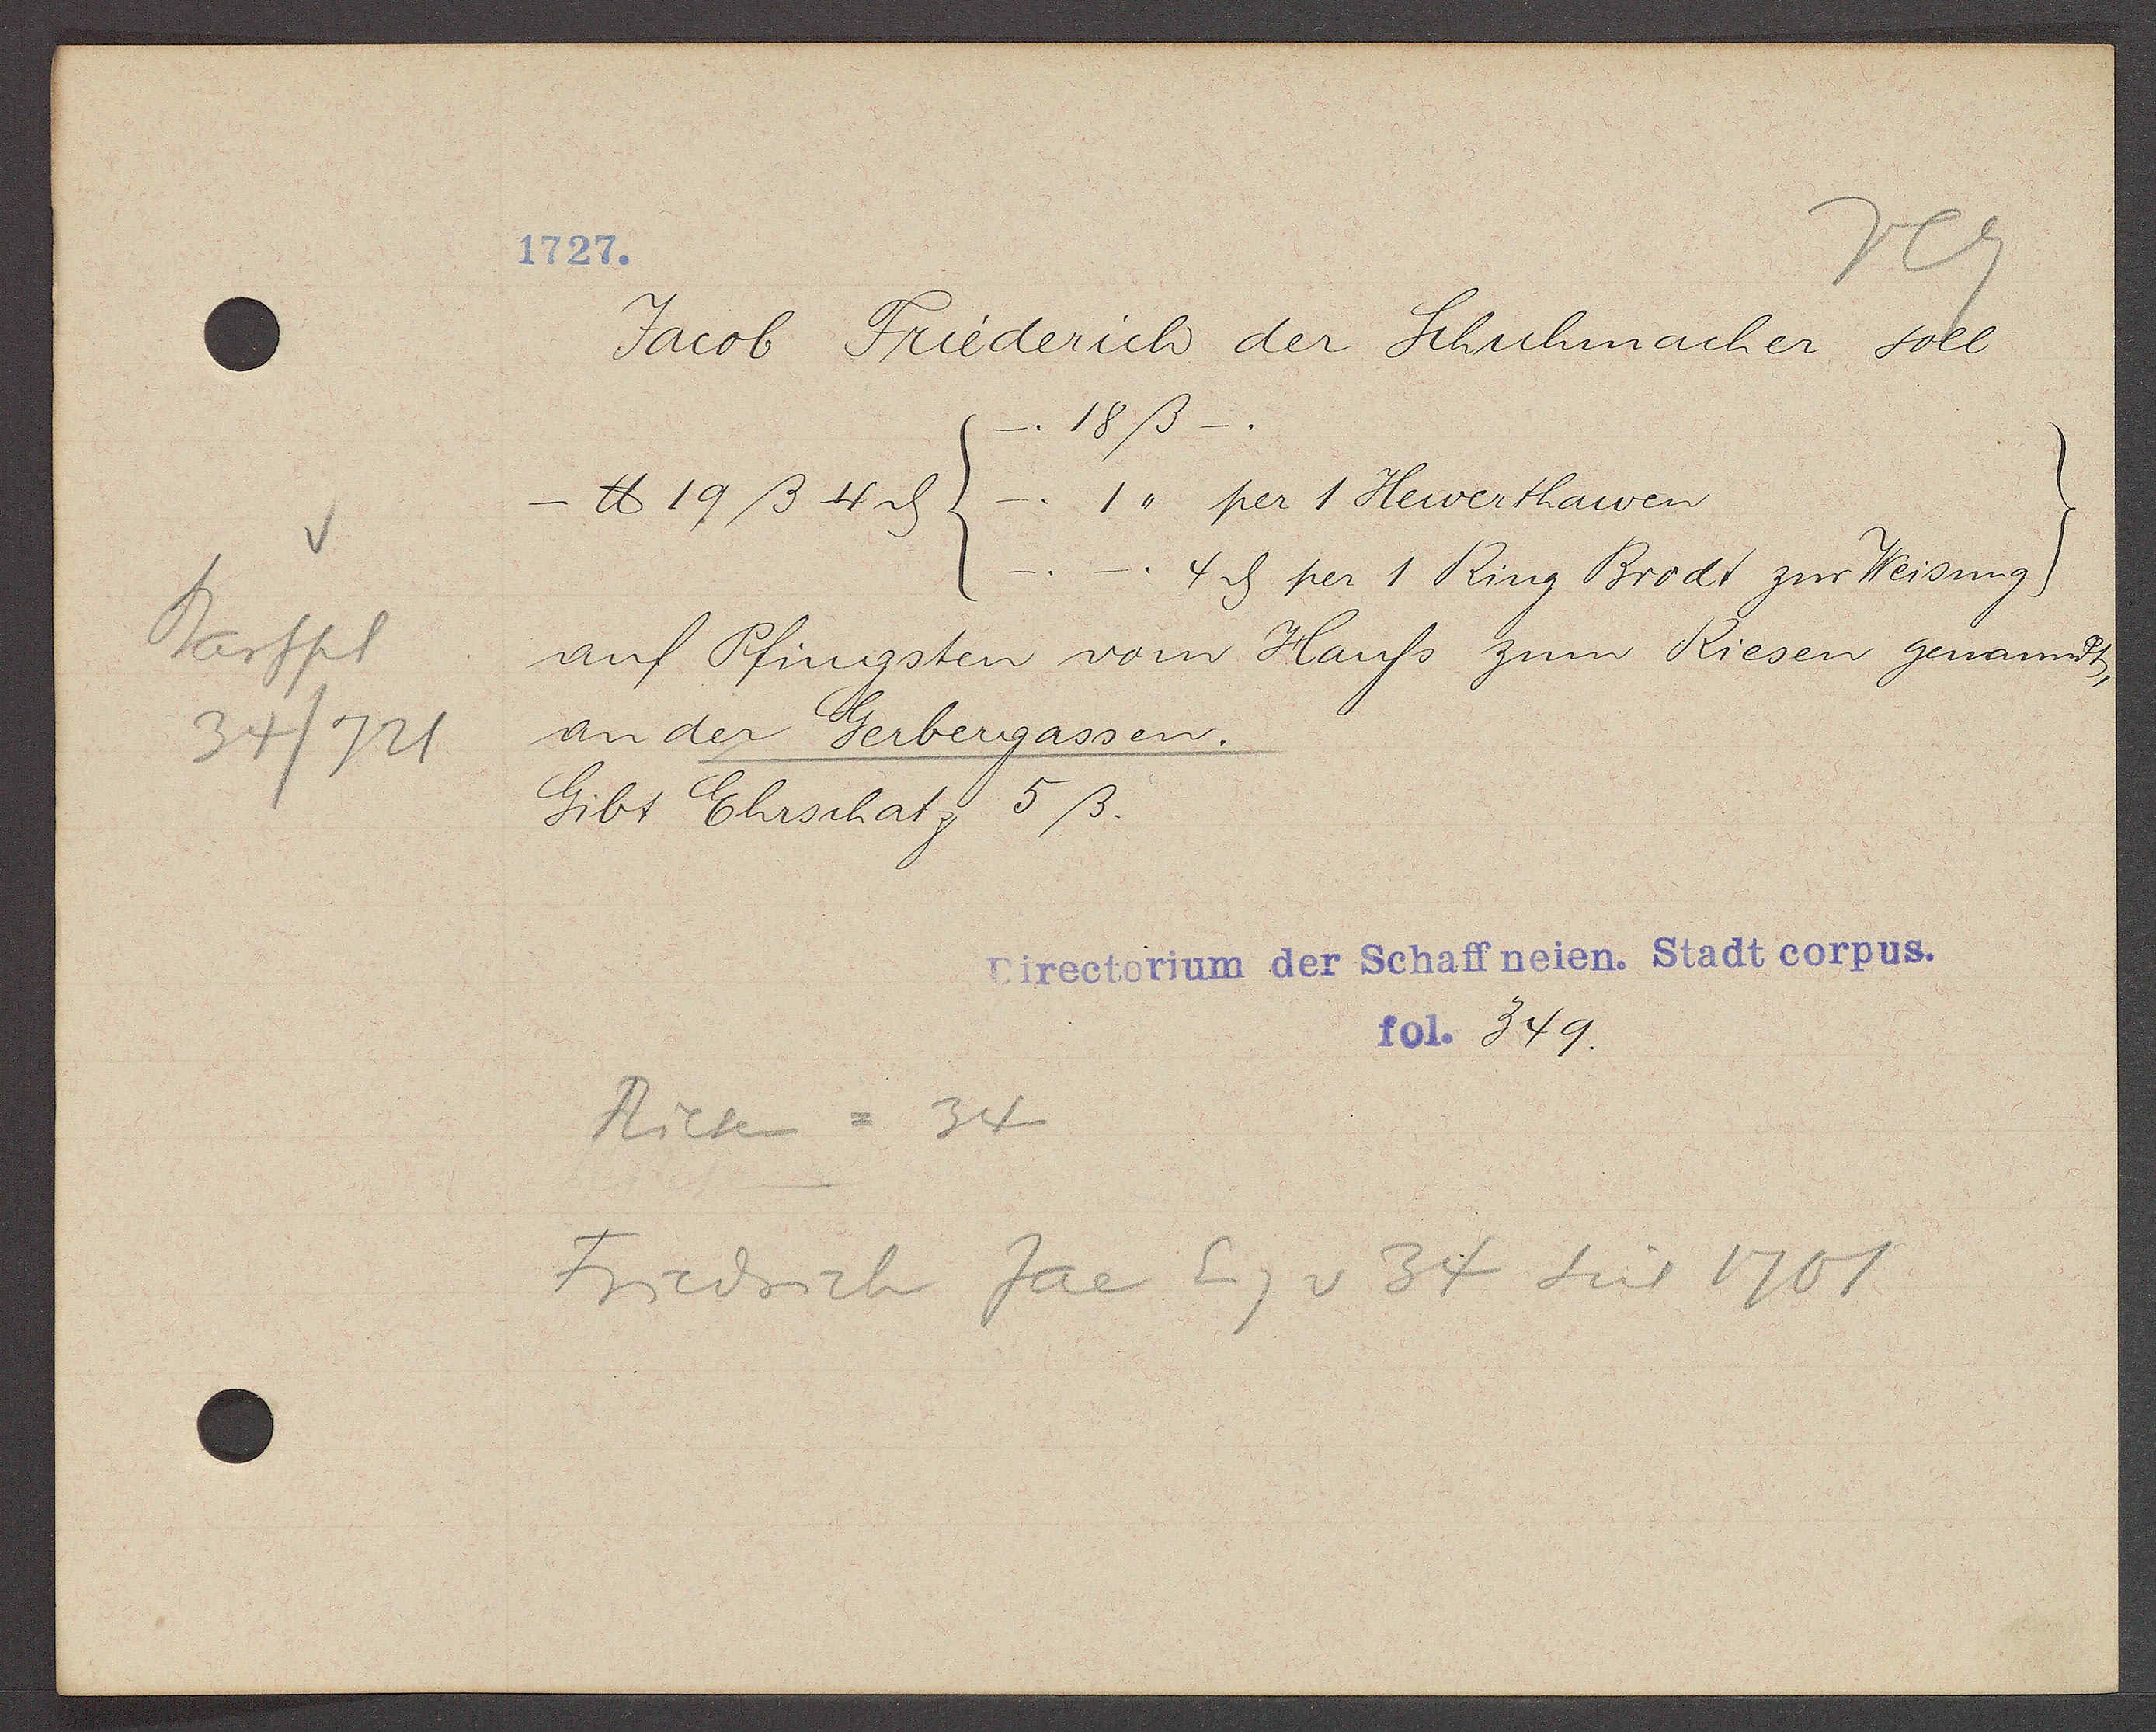
Transcript:
Barfpl
34/721

1727.

Jacob Friederich der Schuhmacher soll
18ß_.
- ℔ 19ß 4ȡ (_. 1,, per 1 Hewerthawen
4ȡ per 1 Ring Brodt zur Weisung
auf Pfingsten vom Hauss zum Riesen genanndt,
an der Gerbergassen.
Gibt Ehrschatz 5ß.

Directorium der Schaffneien. Stadt corpus.
fol. 349.

Riesen = 34
Friedrich Jac Eg v 34 seit 1701